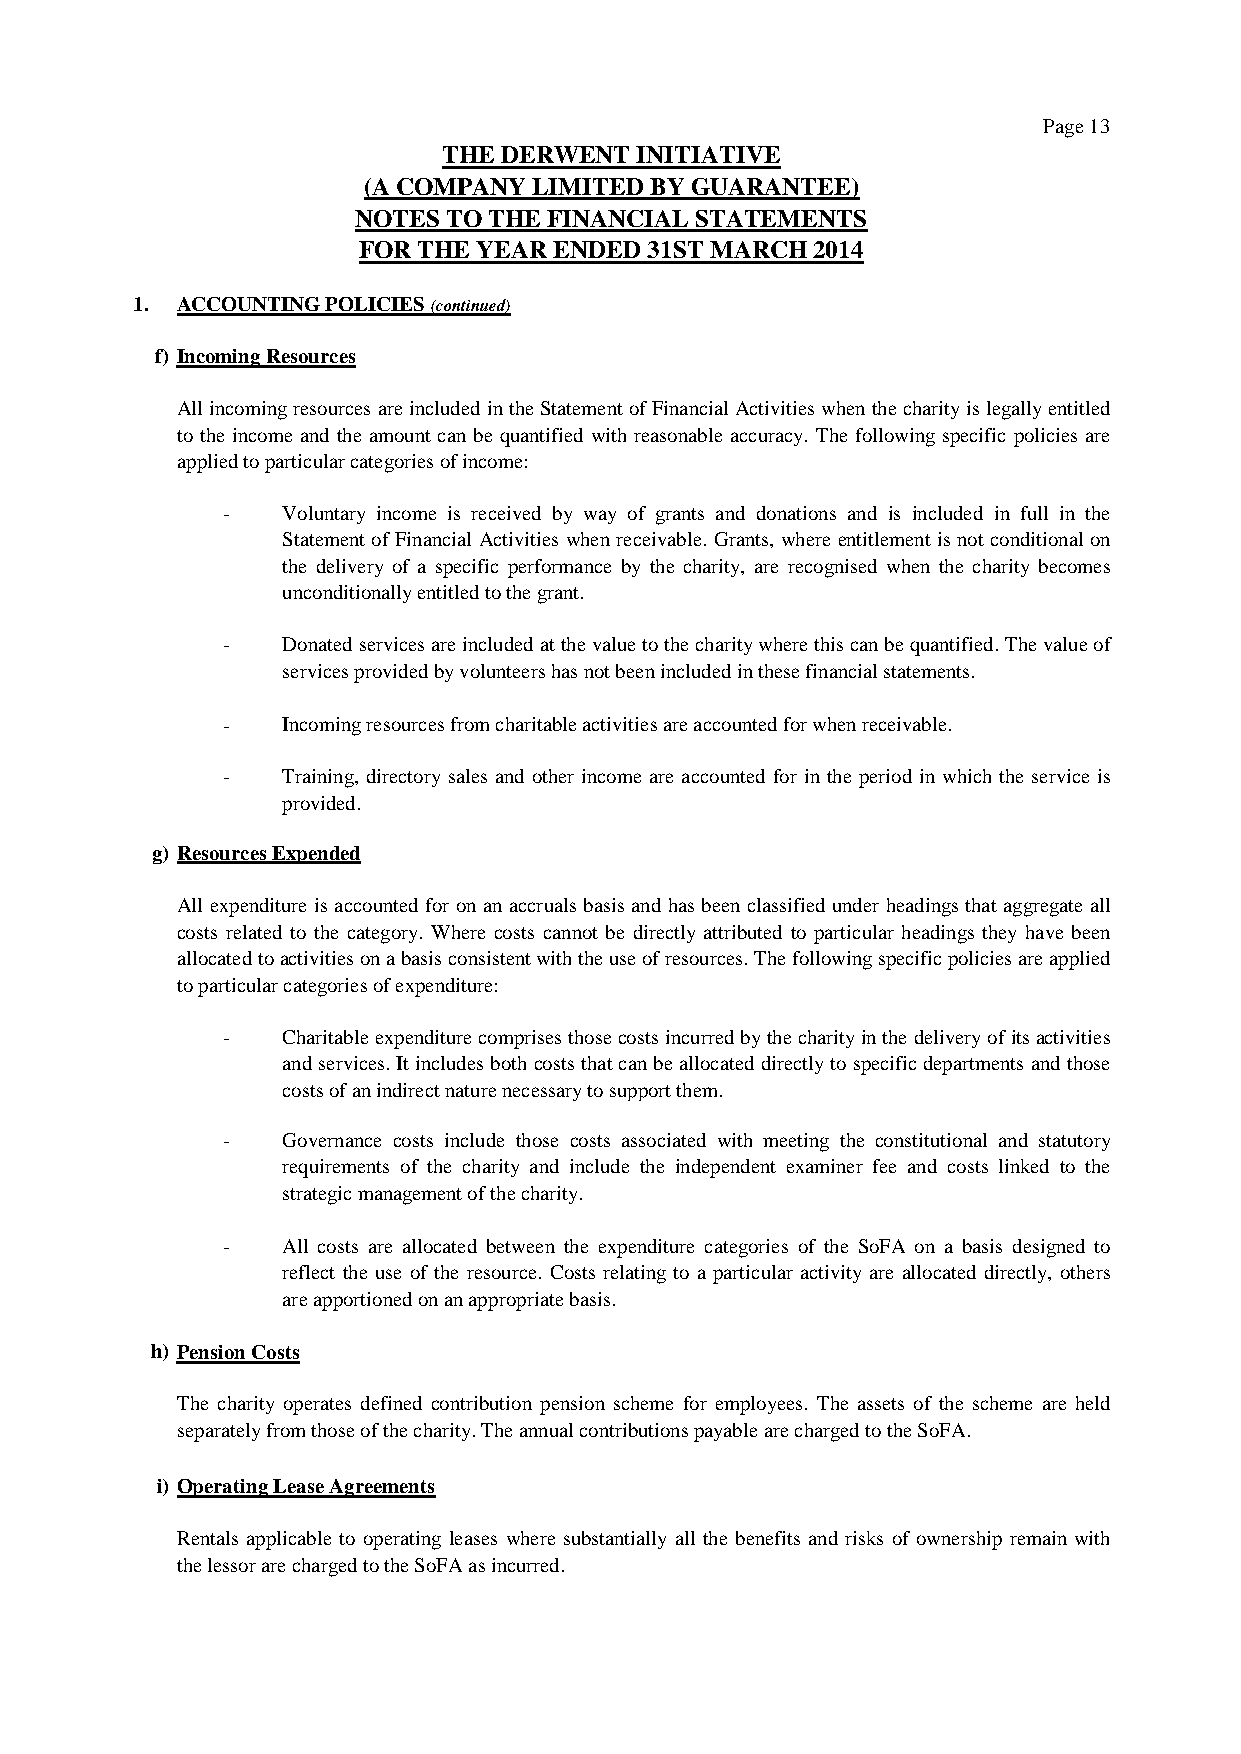
Page 13
 THE DERWENT  INITIATIVE
 (A COMPANY LIMITED BY GUARANTEE)
 NOTES TO THE FINANCIAL STATEMENTS
 FOR THE YEAR ENDED 31ST MARCH 2014
 1. ACCOUNTING POLICIES (continued)
 f) Incoming Resources
 AllincomingresourcesareincludedintheStatementofFinancialActivitieswhenthecharityislegallyentitled
 to the income and the amount can be quantified with reasonable accuracy. The following specific policies are
 applied to particular categories of income:
 -   Voluntary income is received by way of grants and donations and is included in full in the
 Statement of Financial Activities when receivable. Grants, where entitlement isnot conditional on
 the delivery of a specific performance by the charity, are recognised when the charity becomes
 unconditionally entitled to the grant.
 -   Donatedservicesareincludedatthevaluetothecharitywherethiscanbequantified.Thevalueof
 services provided by volunteers has not been included in these financial statements.
 -   Incoming resources from charitable activities are accounted for when receivable.
 -   Training, directory sales and other income are accounted for in the period in which the service is
 provided.
 g) Resources Expended
 All expenditure isaccounted for on anaccruals basisand hasbeen classified under headingsthat aggregate all
 costs related to the category. Where costs cannot be directly attributed to particular headings they have been
 allocatedtoactivitiesonabasisconsistentwiththeuseofresources.Thefollowingspecificpoliciesareapplied
 to particular categories of expenditure:
 -   Charitableexpenditurecomprisesthosecostsincurredbythecharityinthedeliveryofitsactivities
 andservices.Itincludes bothcoststhatcanbeallocated directlyto specificdepartmentsandthose
 costs of an indirect nature necessary to support them.
 -   Governance costs include those costs associated with meeting the constitutional and statutory
 requirements of the charity and include the independent examiner fee and costs linked to the
 strategic management of the charity.
 -   All costs are allocated between the expenditure categories of the SoFA on a basis designed to
 reflect the use of the resource. Costs relating to a particular activity are allocated directly, others
 are apportioned on an appropriate basis.
 h) Pension Costs
 The charity operates defined contribution pension scheme for employees. The assets of the scheme are held
 separately from those of the charity. The annual contributions payable are charged to the SoFA.
 i) Operating Lease Agreements
 Rentals applicable to operating leases where substantially all the benefits and risks of ownership remain with
 the lessor are charged to the SoFA as incurred.